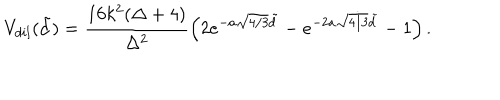
LaTeX: V _ { d i l } ( \tilde { d } ) = \frac { 1 6 k ^ { 2 } ( \Delta + 4 ) } { \Delta ^ { 2 } } \left( 2 e ^ { - a \sqrt { 4 / 3 } \tilde { d } } - e ^ { - 2 a \sqrt { 4 / 3 } \tilde { d } } - 1 \right) .